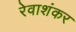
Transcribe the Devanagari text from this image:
रेवाशंकर